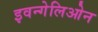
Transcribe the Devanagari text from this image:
इवन्गेलिओन